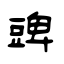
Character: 豍